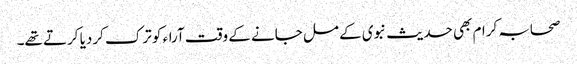
صحابہ کرام بھی حدیث نبوی کے مل جانے کے وقت آراء کو ترک کردیا کرتے تھے۔